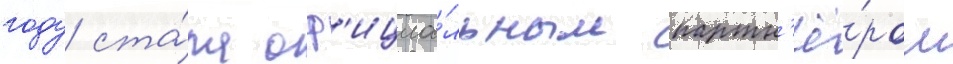
году ста́ла оф'ициа́льным партн'ё́ром